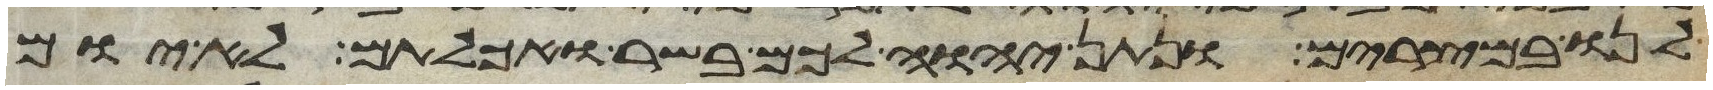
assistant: לנו במצרים ונתן יהוה לכם בשר ואכלתם לא יום